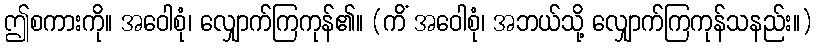
ဤစကားကို။ အဝေါစုံ၊ လျှောက်ကြကုန်၏။ (ကိံ အဝေါစုံ၊ အဘယ်သို့ လျှောက်ကြကုန်သနည်း။)